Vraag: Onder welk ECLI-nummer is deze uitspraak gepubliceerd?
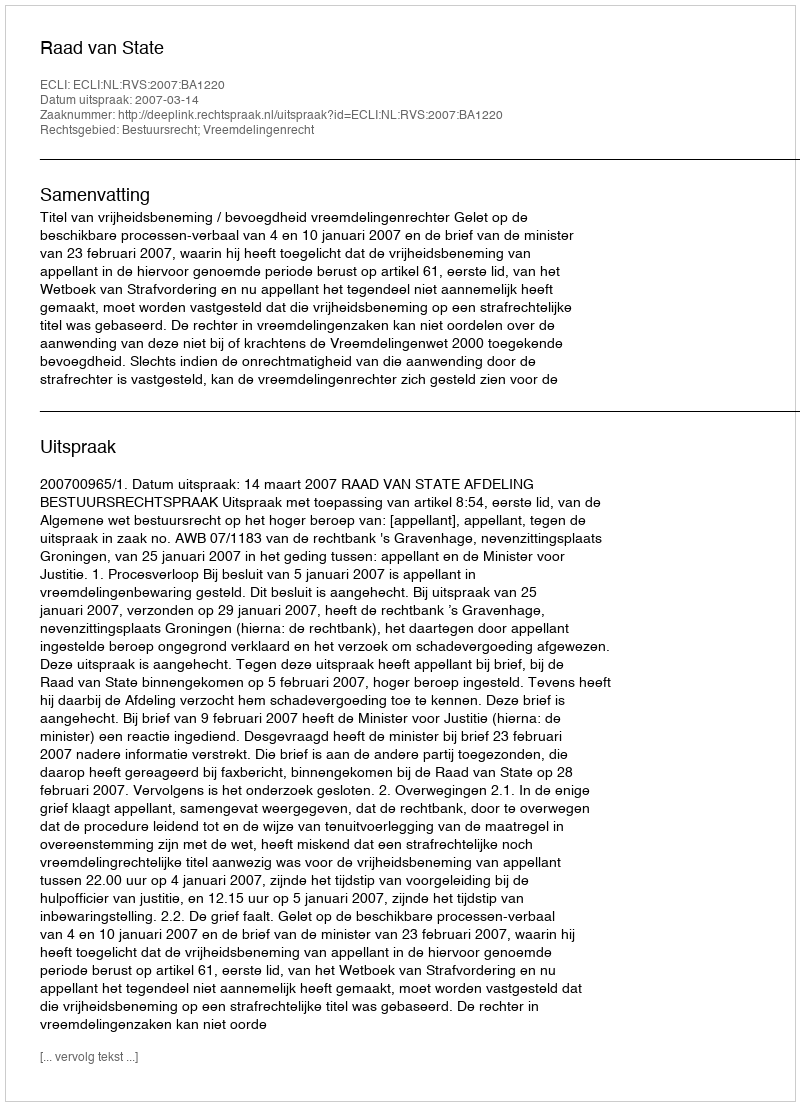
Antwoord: ECLI:NL:RVS:2007:BA1220